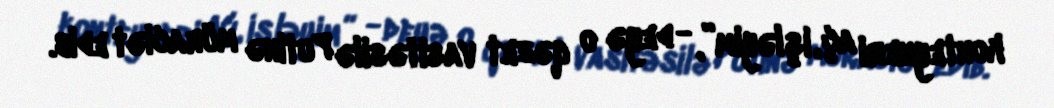
konteyneri aç, işləyim”, - deyə o qəzet vasitəsilə Putinə müraciət edib.